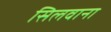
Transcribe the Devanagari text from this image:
सिलवाना